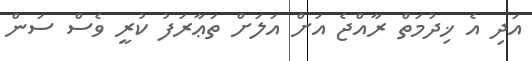
އަދި އެ ޚިދުމަތް ރާއްޖެ އަށް އަލަށް ތަޢާރަފު ކުރީ ވެސް ސަން